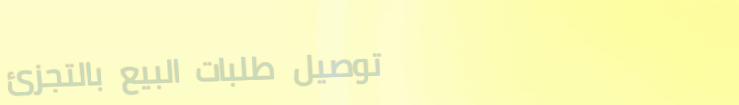
توصيل طلبات البيع بالتجزئ